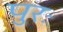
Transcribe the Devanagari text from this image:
पुरः